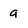
Character: g